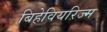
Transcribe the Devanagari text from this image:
बिहेवियरिज्म